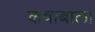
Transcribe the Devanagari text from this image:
कबाबाला